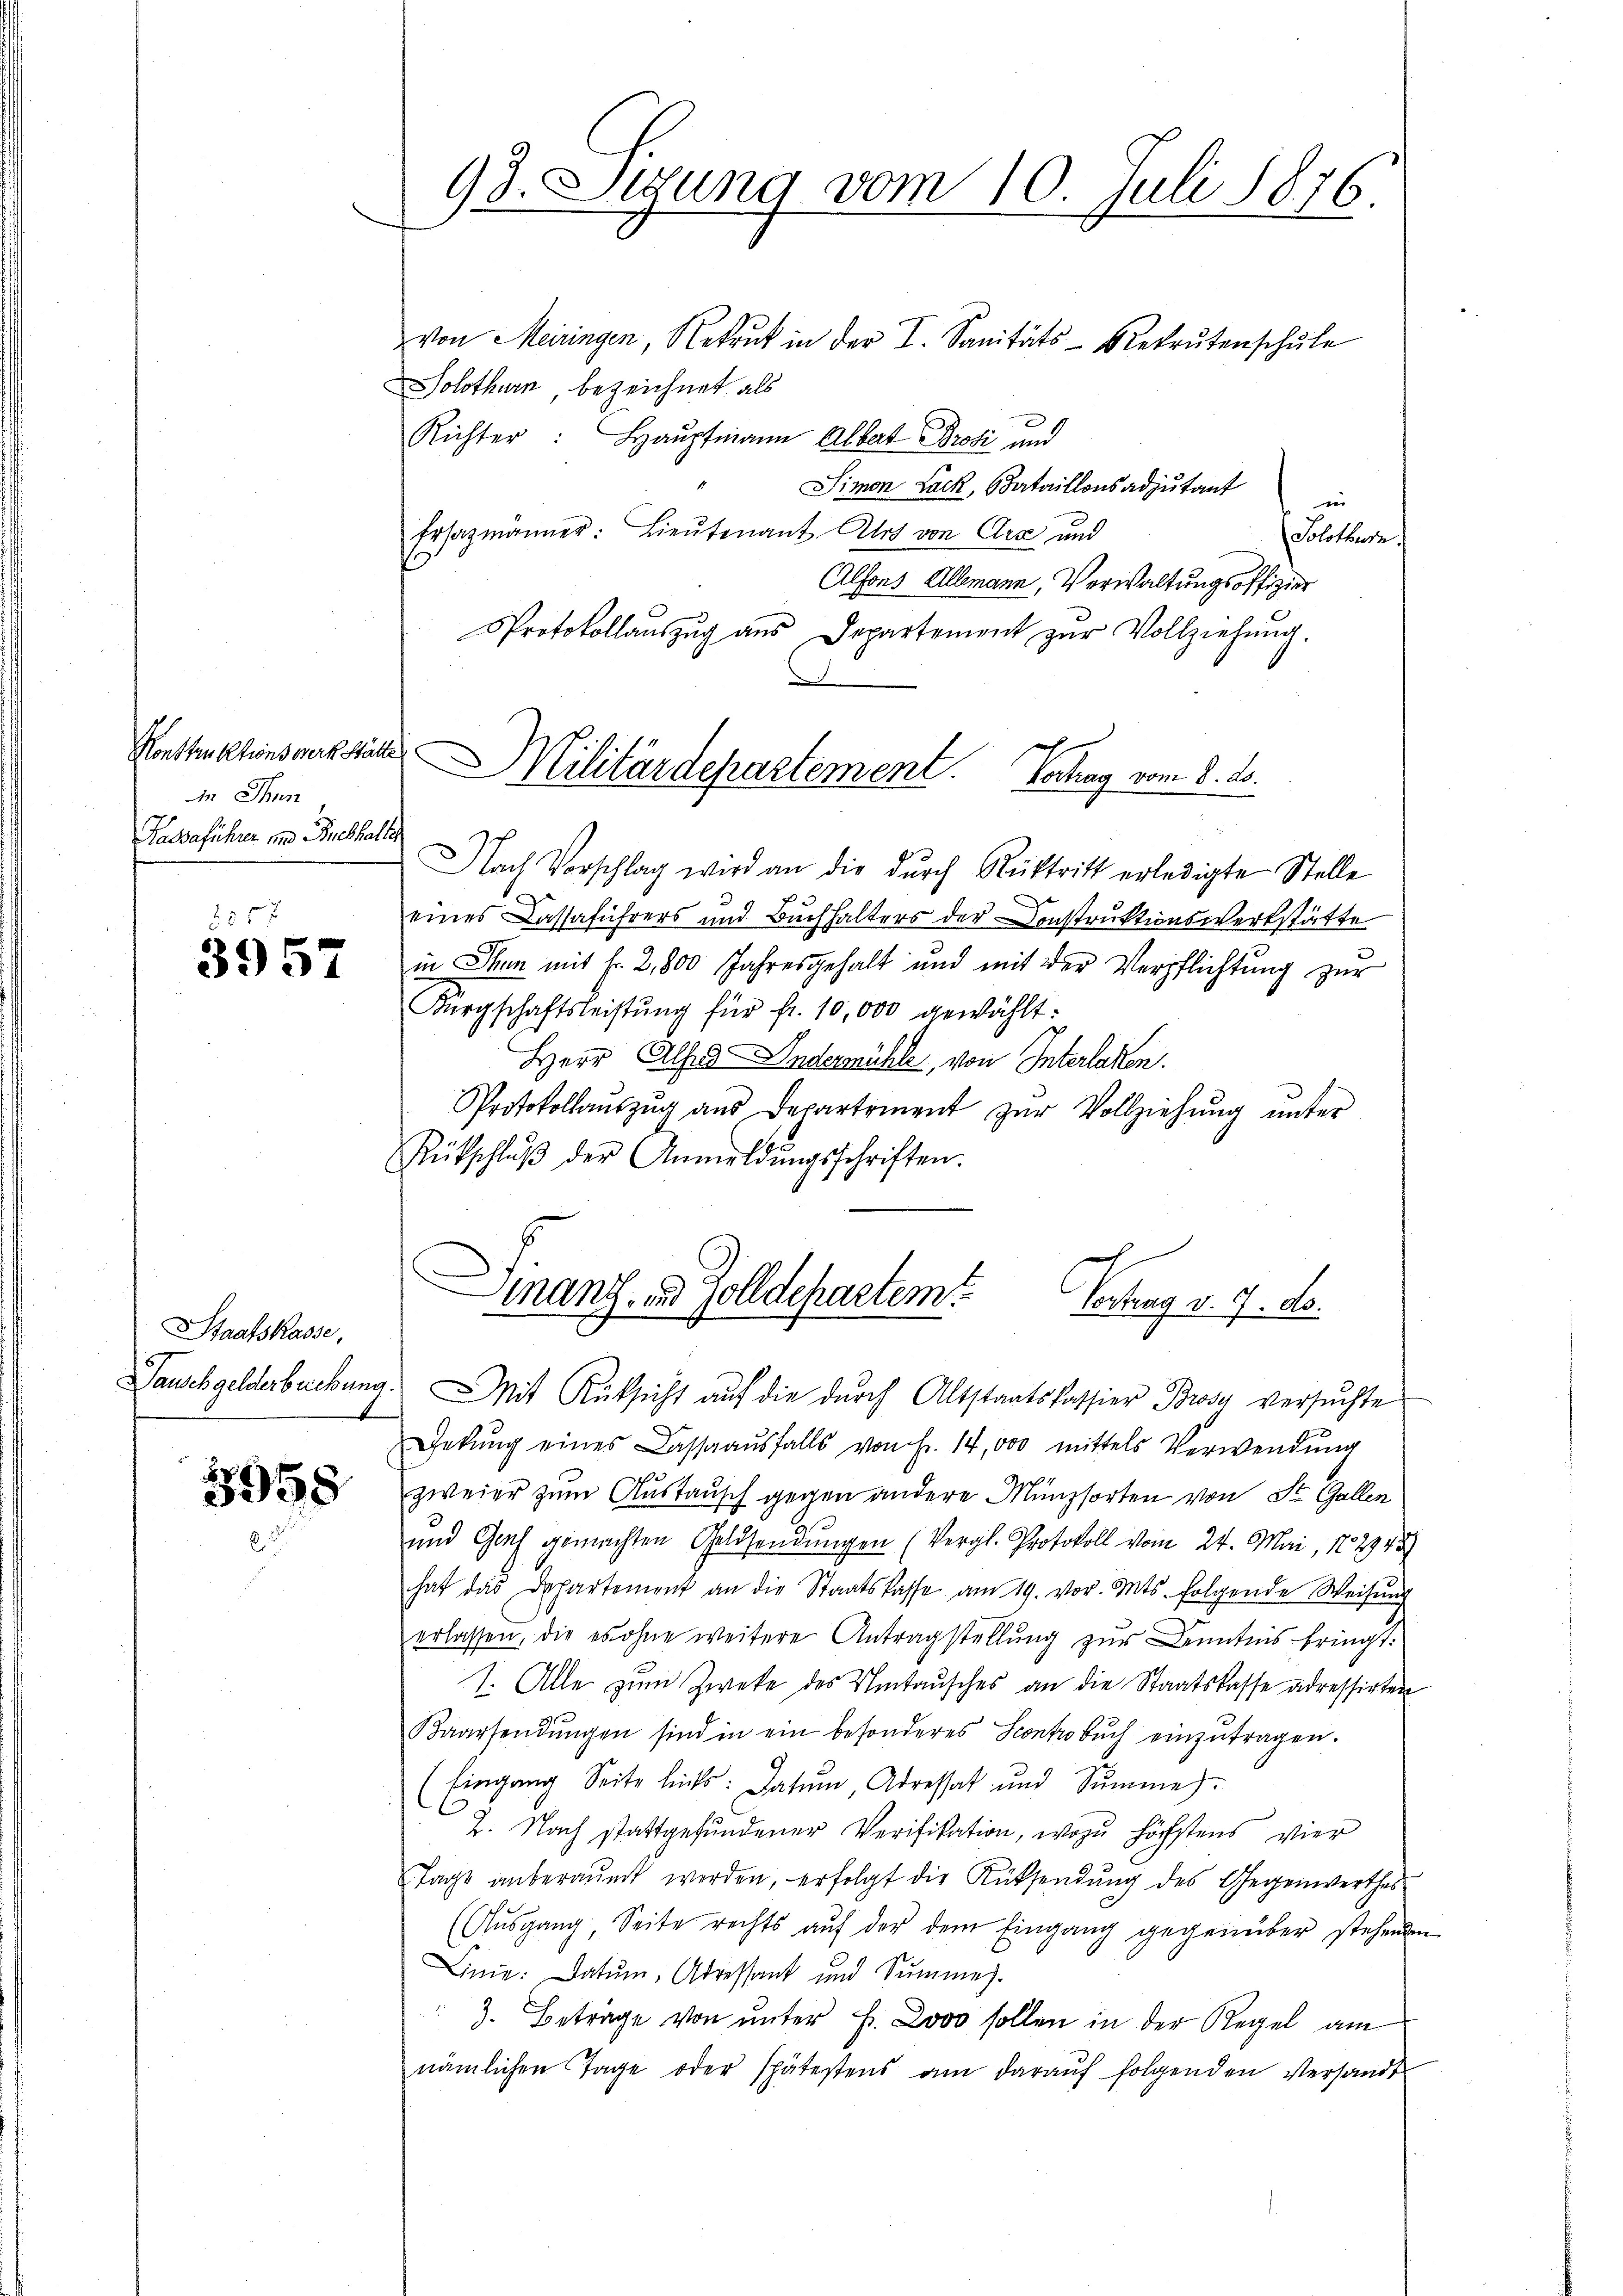
Konstruktionswert Stätte
in Thun
Kassaführer und Brethalter

2055
3957

Staatskasse,

3958

93. Sigung vom 10. Juli 1876.

von Meiringen, Rekrut in der I. Sanitäts-Rekrutenschule
Solothurn bezeichnet als
Richter: Haŭptmann Albert Brosi und
Simon Lack, Bataillonsadjutantin
Ersatzmänner: Lieŭtenant Art von Arx und
(Solotende
Alfons Allemann, Verwaltungsoffizier
Protokollaŭszŭg aŭs Departement zŭr Vollziehŭng.
Nach Vorschlag wird an die dŭrch Rücktritt erledigte Stelle
eines Cassaführers und Buchhalters der Construktionswerkstätte
in Thun mit Fr. 2,800 Jahresgehalt und mit der Verpflichtung zŭr
Bürgschaftsleistŭng für fr. 10,000 gewählt:
Herr Alf. 9 Andermühle, von Interlasten.
Protokollaŭszŭg aŭs Departement zŭr Vollziehŭng ŭnter
Rütschlŭβ der Anmeldŭngsschriften.
Finanz- u. Zolldepartem
Vertrag v. 9. ds.
Dauschgelderbückung. Mit Rücksicht auf die durch Altstaatskassier Brosy versuchte
Gekŭng eines Lassaaŭsfalls von Fr. 14,000 mittels Verwendŭng
zweier zum Austausch gegen andere Münzsorten von St. Gallen
und Graf gemachten Geldsendŭngen (Vergl. Protokoll vom 24. Mai, 182943
hat das Departement an die Staatskasse am 19. vor. Mts. folgende Weisŭng
erlassen, die es ohne weitere Antragstellung zur Kenntnis bringt.
1. Alle zum Zweke des Umtausches an die Staatskasse adressirten
Kaarsendŭngen sind in ein besonderes Scontro bŭch einzŭtragen.
u
(Eingang Seite links: Datum, Adressat und Summe.
2. Nach stattgefundener Verifikation, wozu höchstens vier
Tage anberaŭmt werden, erfolgt die Rücksendŭng des Gegenwerthes
(Aŭsgang, Seite rechts aŭf der dem Eingang gegenüber stehenden
Linie: Datum, Adressant und Summes-
3. Betrage von unter F. Looo sollen in der Regel am
nämlichen Tage oder spätestens am daraŭf folgenden Versandt

Militärdepartement. Vortrag vom 8. ds.